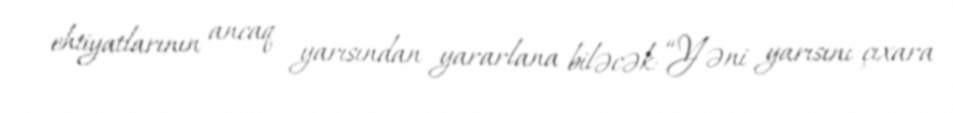
ehtiyatlarının ancaq yarısından yararlana biləcək: “Yəni yarısını çıxara